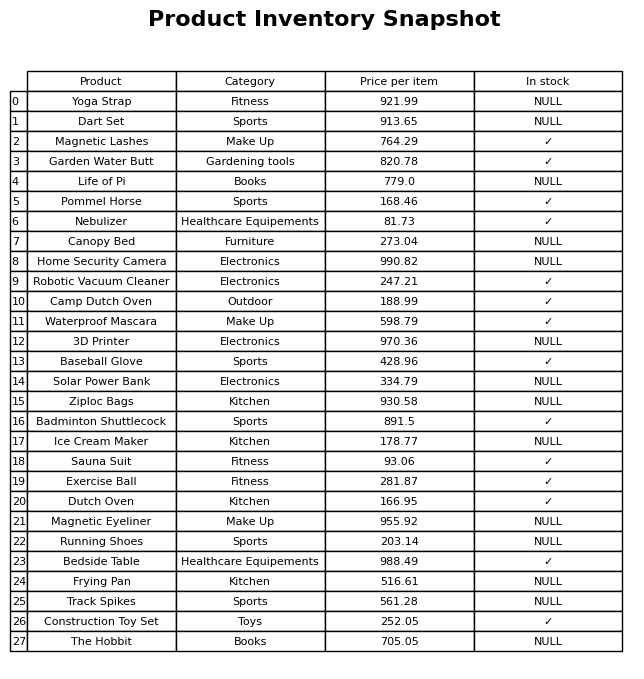
question: What is the price for Garden Water Butt?
answer: The price of Garden Water Butt is 820.78.